Civil Veterinary Department Bihar & Orissa reports 1929-36 - 1929-1936
Year: 1929
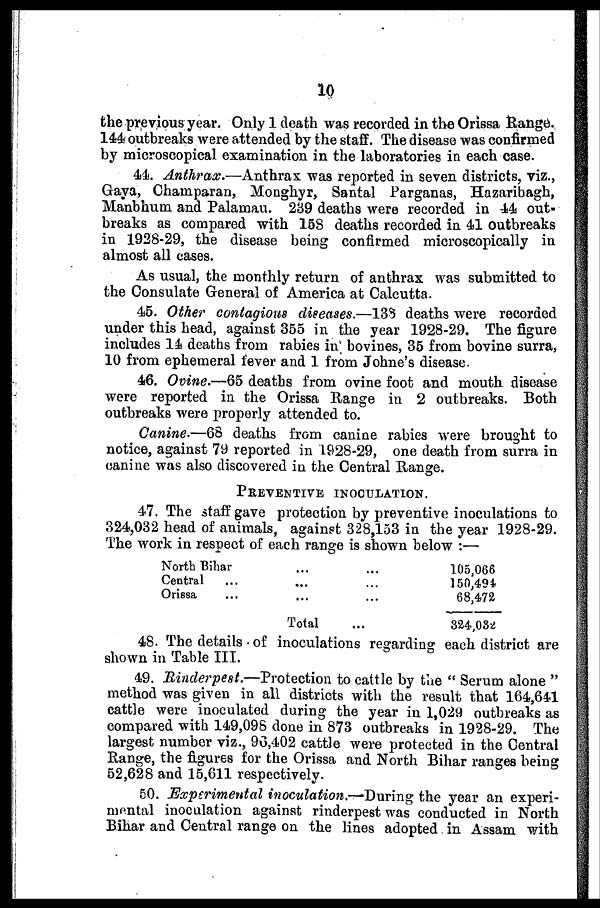
10
the previous year. Only 1 death was recorded in the Orissa Bange.
144 outbreaks were attended by the staff. The disease was confirmed
by microscopical examination in the laboratories in each case.
44. Anthrax.—Anthrax
was reported in seven districts, viz.,
Gaya, Charnparan, Monghyr, Santal Parganas, Hazaribagh,
Manbhum and Palamau. 289 deaths were recorded in 44 out-
breaks as compared with 158 deaths recorded in 41 outbreaks
in 1928-29, the disease being confirmed microscopically in
almost all cases.
As usual, the monthly return of anthrax was submitted to
the Consulate General of America at Calcutta.
45. Other contagions diseases.—133 deaths were recorded
under this head, against 355 in the year 1928-29. The figure
includes 14 deaths from rabies in bovines, 35 from bovine surra,
10 from ephemeral fever and 1 from Johne's disease.
46. Ovine.—65 deaths from ovine foot and mouth disease
were reported in the Orissa Range in 2 outbreaks. Both
outbreaks were properly attended to.
Canine.—68 deaths from canine rabies were brought to
notice, against 79 reported in 1928-29, one death from surra in
canine was also discovered in the Central Range.
PREVENTIVE INOCULATION.
47. The staff gave protection by preventive inoculations to
324,032 head of animals, against 328,153 in the year 1928-29.
The work in respect of each range is shown below :—
North Bihar
Central ...
Orissa ...
...
...
...
Total
...
...
...
...
105,066
150,494
68,472
324,032
48. The details of inoculations regarding each district are
shown in Table III.
49. Rinderpest.—Protection
to cattle by the " Serum alone "
method was given in all districts with the result that 164,641
cattle were inoculated during the year in 1,029 outbreaks as
compared with 149,098 clone in 873 outbreaks in 1928-29. The
largest number viz., 96,402 cattle were protected in the Central
Range, the figures for the Orissa and North Bihar ranges being
52,628 and 15,611 respectively.
50. Experimental inoculation.—During the year an experi-
mental inoculation against rinderpest was conducted in North
Bihar and Central range on the lines adopted in Assam with